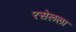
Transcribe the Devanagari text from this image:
रसेलला